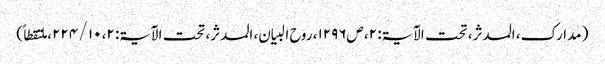
( مدارک، المدثر، تحت الآیۃ: ۲، ص۱۲۹۶، روح البیان، المدثر، تحت الآیۃ: ۲، ۱۰ / ۲۲۴، ملتقطاً)